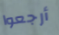
أرجعوا